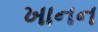
ખાનન